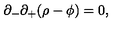
\partial _ { - } \partial _ { + } ( \rho - \phi ) = 0 ,